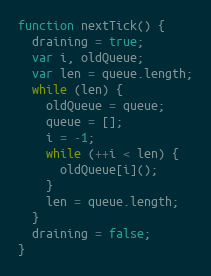
Language: JavaScript
function nextTick() {
  draining = true;
  var i, oldQueue;
  var len = queue.length;
  while (len) {
    oldQueue = queue;
    queue = [];
    i = -1;
    while (++i < len) {
      oldQueue[i]();
    }
    len = queue.length;
  }
  draining = false;
}